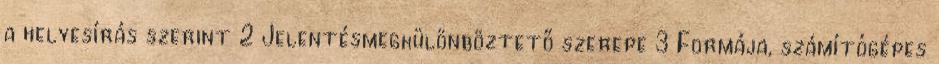
a helyesírás szerint 2 Jelentésmegkülönböztető szerepe 3 Formája, számítógépes